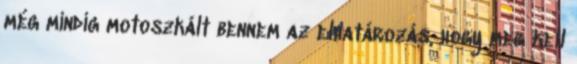
még mindig motoszkált bennem az elhatározás, hogy meg kell